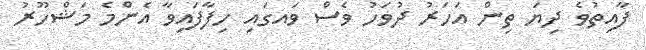
ފާއިތުވެ ދިޔަ ތިން އަހަރު ދުވަހު ވެސް ވައގައި ހިފާފައިވާ އެންމެ މަޝްހޫރު